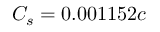
C _ { s } = 0 . 0 0 1 1 5 2 c